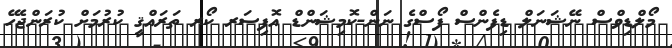
މޯލްޑިވްސް ނޭޝަނަލް ޑިފެންސް ފޯސްގެ ނަން-ކޮމިޝަންޑް އޮފިސަރ ކޯރ ތަރައްޤީ ކުރުމަށް ކުރަންޖެހޭ